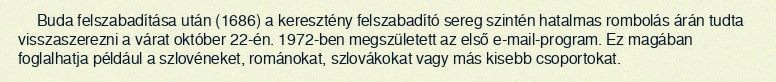
Buda felszabadítása után (1686) a keresztény felszabadító sereg szintén hatalmas rombolás árán tudta visszaszerezni a várat október 22-én. 1972-ben megszületett az első e-mail-program. Ez magában foglalhatja például a szlovéneket, románokat, szlovákokat vagy más kisebb csoportokat.